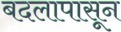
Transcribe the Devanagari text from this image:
बदलापासून